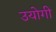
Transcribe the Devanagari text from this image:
उयोगी